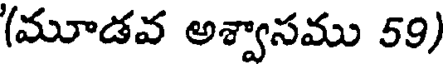
(మూడవ అశ్వాసము 59)